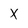
Character: x